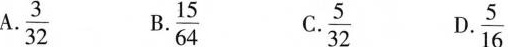
A.\frac{3}{32} B. \frac{15}{64} C.\frac{5}{32} D. \frac{5}{16}